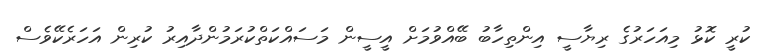
ކުރީ ކޮޅު މިއަހަރުގެ ރިޔާސީ އިންތިހާބު ބޭއްވުމަށް އީސީން މަސައްކަތްކުރަމުންދާއިރު ކުރިން އަހަރެކޭވެސް